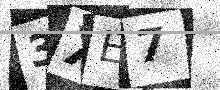
Text: 3XE7